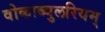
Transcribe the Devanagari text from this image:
वोकाब्युलरियम्